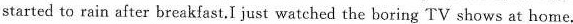
started to rain after breakfast.I just watched the boring TV shows at home.